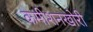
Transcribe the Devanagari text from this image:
कमीशनखोरी